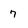
Character: 7